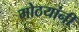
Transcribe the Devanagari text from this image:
मोठयांनीं